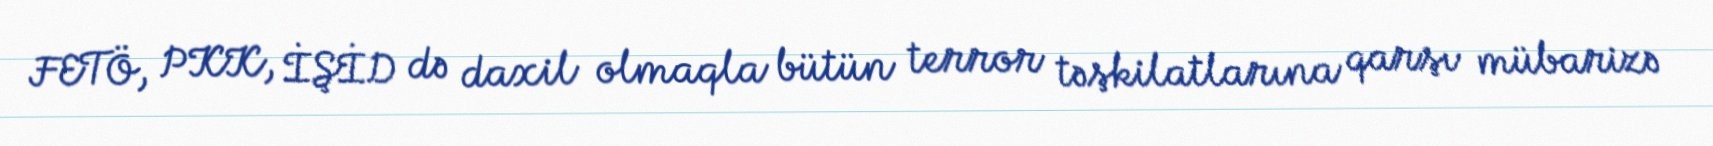
FETÖ, PKK, İŞİD də daxil olmaqla bütün terror təşkilatlarına qarşı mübarizə